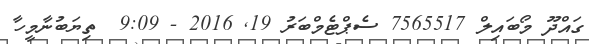
ގައްދޫ މޯބައިލް 7565517 ސެޕްޓެމްބަރު 19